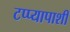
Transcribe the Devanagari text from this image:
टप्प्यापाशी